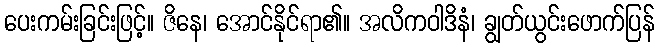
ပေးကမ်းခြင်းဖြင့်။ ဇိနေ၊ အောင်နိုင်ရာ၏။ အလိကဝါဒိနံ၊ ချွတ်ယွင်းဖောက်ပြန်